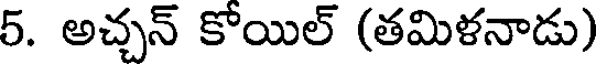
5. అచ్చన్ కోయిల్ (తమిళనాడు)